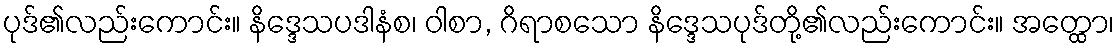
ပုဒ်၏လည်းကောင်း။ နိဒ္ဒေသပဒါနံစ၊ ဝါစာ, ဂိရာစသော နိဒ္ဒေသပုဒ်တို့၏လည်းကောင်း။ အတ္ထော၊